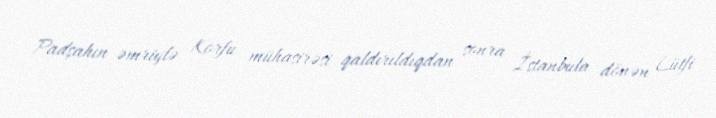
Padşahın əmriylə Korfu mühasirəsi qaldırıldıqdan sonra İstanbula dönən Lütfi